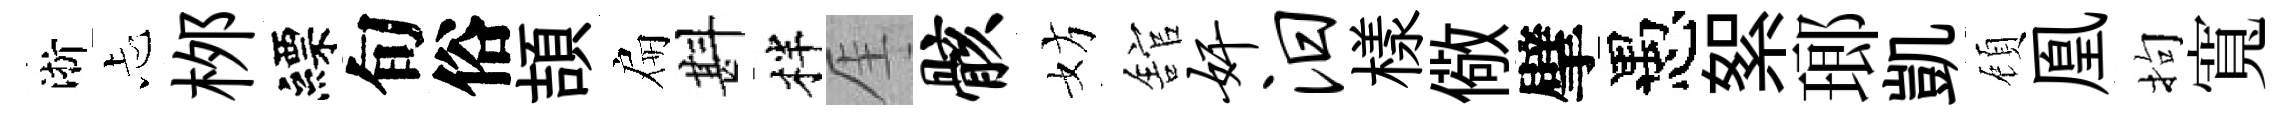
淅忐桞縹旬俗頡扁斟柈厓骸妨舘奸汨樣儆擘愚絮瑯凱頋凰拘寬